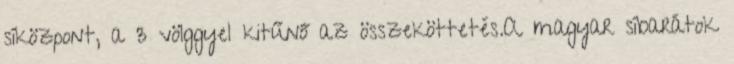
síközpont, a 3 völggyel kitűnő az összeköttetés.A magyar síbarátok